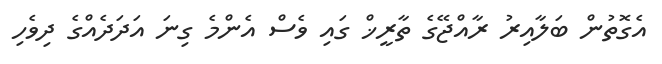
އެގޮތުން ބަލާއިރު ރާއްޖޭގެ ތާރީޚް ގައި ވެސް އެންމެ ގިނަ އަދަދެއްގެ ދިވެހި